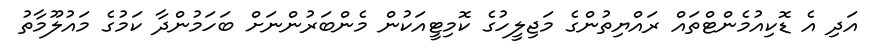
އަދި އެ ޑޮކިއުމެންޓްތައް ރައްޔިތުންގެ މަޖިލީހުގެ ކޮމިޓީއަކުން މެންބަރުންނަށް ބަހަމުންދާ ކަމުގެ މައުލޫމާތު